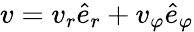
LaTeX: v=v_{r}\hat{e}_{r}+v_{\varphi}\hat{e}_{\varphi}